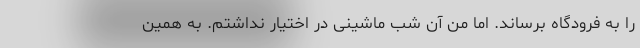
را به فرودگاه برساند. اما من آن شب ماشینی در اختیار نداشتم. به همین